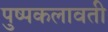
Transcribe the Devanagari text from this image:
पुष्पकलावती